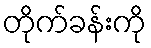
တိုက်ခန်းကို